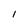
Character: I